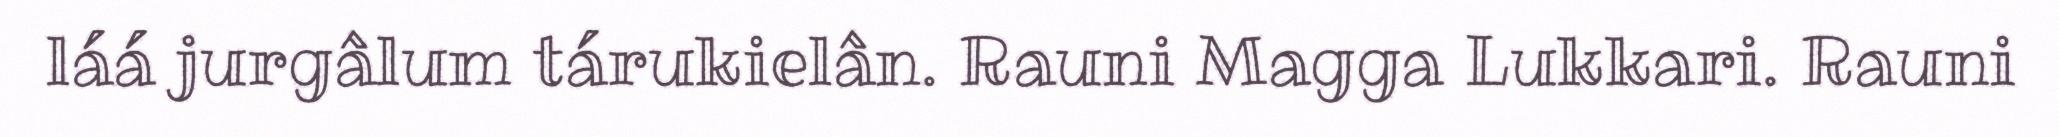
láá jurgâlum tárukielân. Rauni Magga Lukkari. Rauni